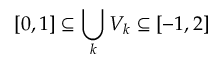
[ 0 , 1 ] \subseteq \bigcup _ { k } V _ { k } \subseteq [ - 1 , 2 ]